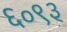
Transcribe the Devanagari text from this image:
६०९३